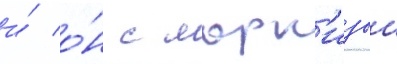
и́ о́н с марк'изои